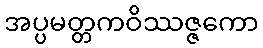
အပ္ပမတ္တကဝိဿဇ္ဇကော